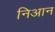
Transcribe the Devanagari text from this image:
निआन